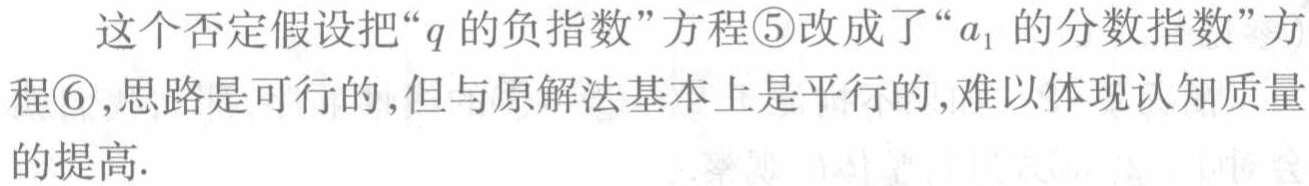
这个否定假设把“\(q\)的负指数”方程\textcircled{5}改成了“\(a_{1}\)的分数指数”方程\textcircled{6},思路是可行的,但与原解法基本上是平行的,难以体现认知质量的提高.